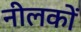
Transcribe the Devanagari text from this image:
नीलकों